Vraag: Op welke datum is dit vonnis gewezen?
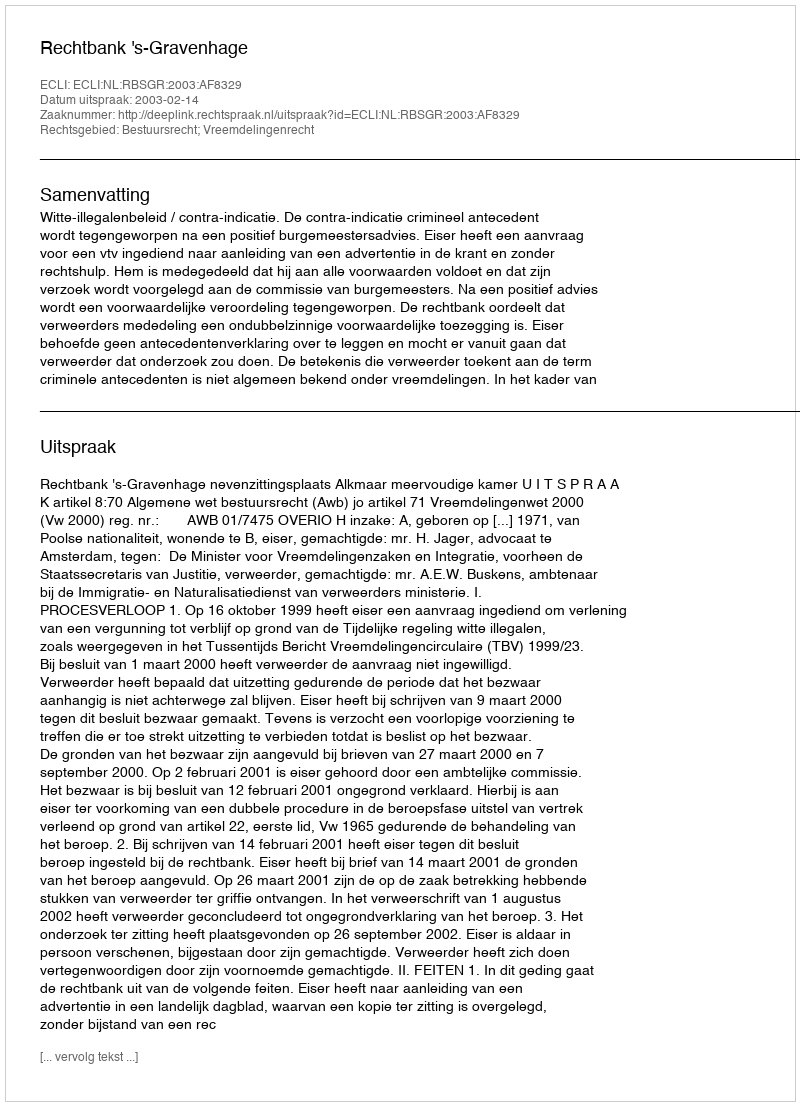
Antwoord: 2003-02-14